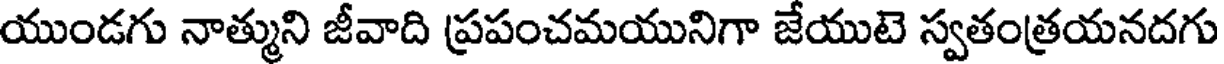
యుండగు నాత్ముని జీవాది ప్రపంచమయునిగా జేయుటె స్వతంత్రయనదగు